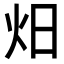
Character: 𭴌